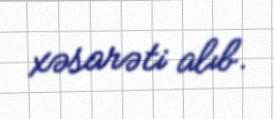
xəsarəti alıb.